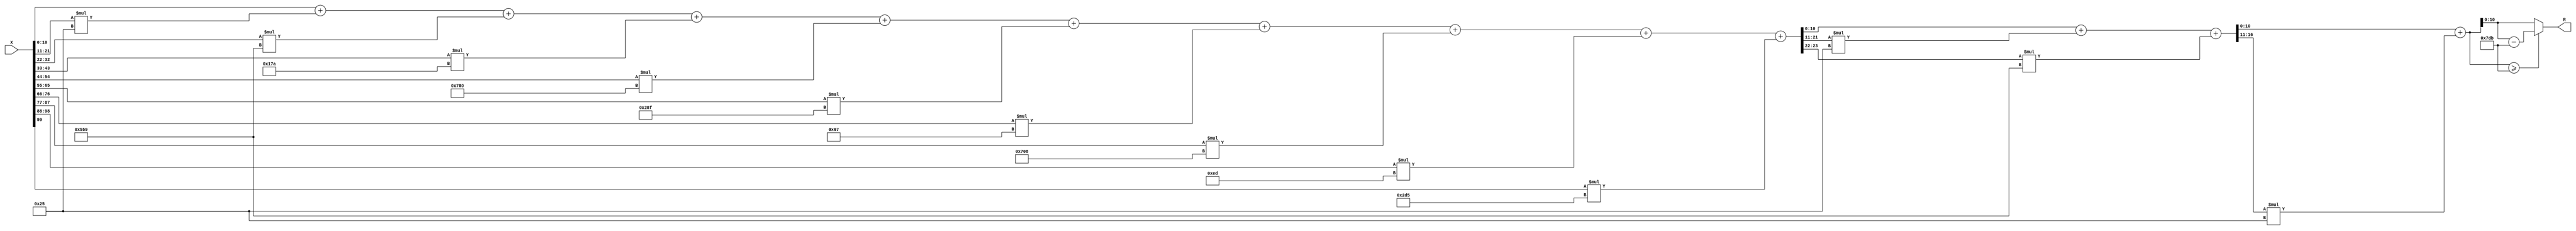
module x_100_mod_2011(
    input [100:1] X,
    output [11:1] R
    );

wire [24:1] R_temp_1;
wire [17:1] R_temp_2;
wire [12:1] R_temp_3;
reg [11:1]  R_temp;

assign R_temp_1 = X [ 11 : 1 ]  + X [ 22 : 12 ] * 6'b100101 + X [ 33 : 23 ] * 11'b10101011001 + 
X [ 44 : 34 ] * 9'b101111010 + X [ 55 : 45 ] * 11'b11110000000 + X [ 66 : 56 ] * 10'b1010001111 + 
X [ 77 : 67 ] * 7'b1100111 + X [ 88 : 78 ] * 11'b11100001000 + X [ 99 : 89 ] * 8'b11101101 + 
X [ 100 ] * 10'b1011010101 ;

assign R_temp_2 = R_temp_1 [ 11 : 1 ]  + R_temp_1 [ 22 : 12 ] * 6'b100101 + 
R_temp_1 [ 24 : 23 ] * 11'b10101011001 ;

assign R_temp_3 = R_temp_2 [ 11 : 1 ]  + R_temp_2 [ 17 : 12 ] * 6'b100101 ;

always @(R_temp_3)
begin
  if (R_temp_3 >= 11'b11111011011)
    R_temp <= R_temp_3 - 11'b11111011011;
  else
    R_temp <= R_temp_3;
end

assign R = R_temp;

endmodule